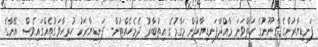
ފަނޑިޔާރުންގެ ގާނޫނުގެ ހަތްވަނަ މާއްދާފަނޑިޔާރުން މަގާމުގެ އިތުބާރު ދެމެހެއްޓުން- ފަނޑިޔާރަކު ހުރިހާވަގުތެއްގައިވެސް އޭނާގެ